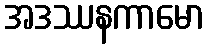
အဒဿနကာမော